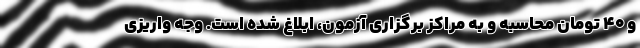
و ۴۰ تومان محاسبه و به مراکز برگزاری آزمون، ابلاغ شده است. وجه واریزی